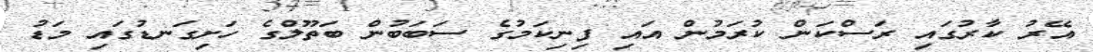
އޭރު ކާރުގައި ރަސްކަން ކުރަމުން އައި ފިނިކަމުގެ ސަބަބުން ބަތޫލްގެ ހަށިގަނޑުގައި މަޑު